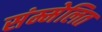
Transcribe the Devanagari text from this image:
संम्मेलित